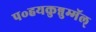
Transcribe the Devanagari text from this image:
प॰हयकुन्नुम्मॅल्